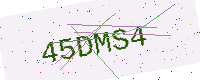
Text: 45DMS4